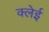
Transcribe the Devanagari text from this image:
क्लेई